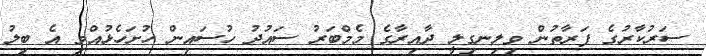
ސަރުކާރުގެ ފަރާތުން ވިލިނގިލީ ދާއިރާގެ މެމްބަރު ސައުދު ހުސައިން ހުށަހެޅުއްވި އެ ބިލު